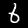
Digit: 6